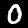
Digit: 0